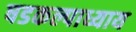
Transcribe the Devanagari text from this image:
षडकल्पाध्याय